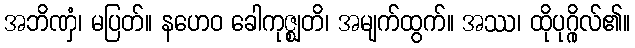
အဘိဏှံ၊ မပြတ်။ နဟေဝ ခေါကုဇ္ဈတိ၊ အမျက်ထွက်။ အဿ၊ ထိုပုဂ္ဂိုလ်၏။